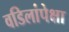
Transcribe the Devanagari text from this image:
वडिलांपेक्षा